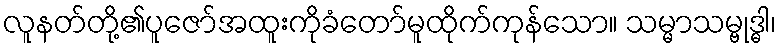
လူနတ်တို့၏ပူဇော်အထူးကိုခံတော်မူထိုက်ကုန်သော။ သမ္မာသမ္ဗုဒ္ဓါ၊